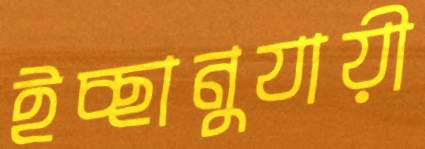
ইচ্ছানুযায়ী